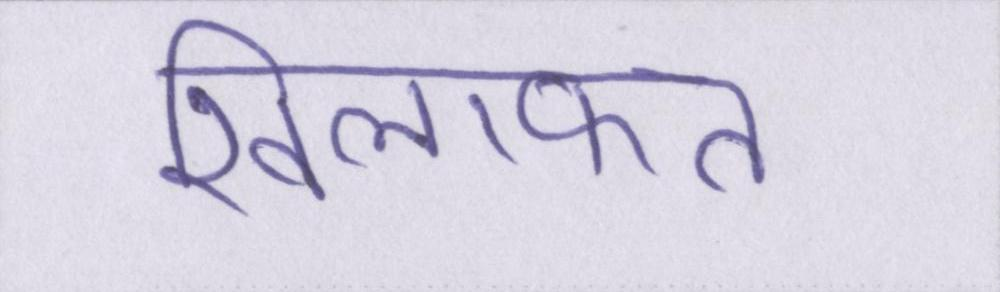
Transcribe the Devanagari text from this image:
खिलाफत